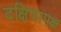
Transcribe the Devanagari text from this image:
दक्षिणापक्ष